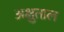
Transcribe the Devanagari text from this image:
अक्षुताल